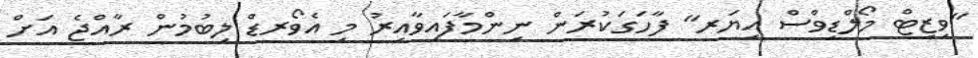
"ވިޒިޓް މޯލްޑިވްސް އިޔަރ" ފާހަގަކުރަން ނިންމާފައިވާއިރު މި އެވޯރޑް ލިބުމުން ރާއްޖެ އަށް